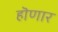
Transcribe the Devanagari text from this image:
हॊणार